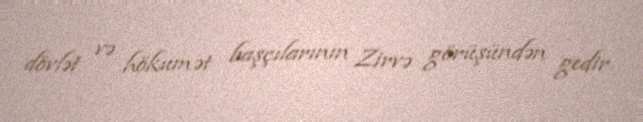
dövlət və hökumət başçılarının Zirvə görüşündən gedir.